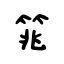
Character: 筄